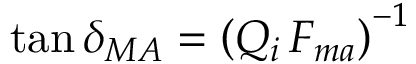
\tan \delta _ { M A } = \left( Q _ { i } \, F _ { m a } \right) ^ { - 1 }